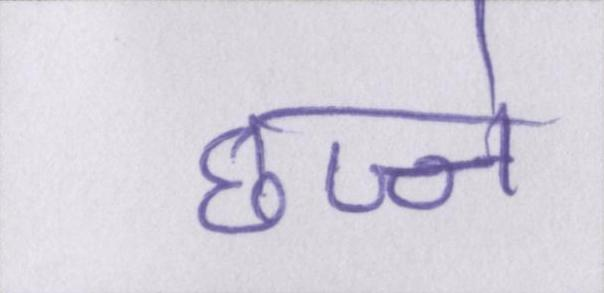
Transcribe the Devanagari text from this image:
छज्जे